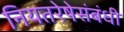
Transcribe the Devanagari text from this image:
नियतरेषेसंबंधी